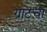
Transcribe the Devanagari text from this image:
ग्रांटचा